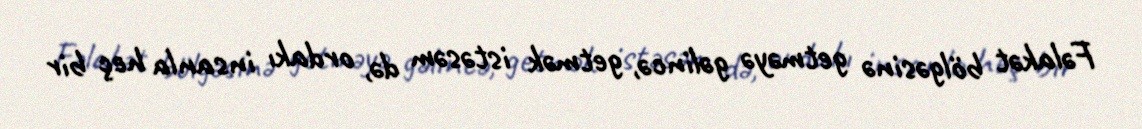
Fəlakət bölgəsinə getməyə gəlincə, getmək istəsəm də, ordakı insanla heç bir